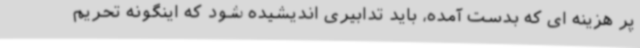
پر هزینه ای که بدست آمده، باید تدابیری اندیشیده شود که اینگونه تحریم